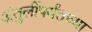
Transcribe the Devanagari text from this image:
अंतुर्लीपर्यंतच्या